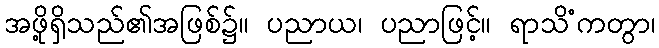
အဖို့ရှိသည်၏အဖြစ်၌။ ပညာယ၊ ပညာဖြင့်။ ရာသိံကတွာ၊